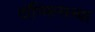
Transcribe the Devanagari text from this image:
टॉन्सिल्सच्या